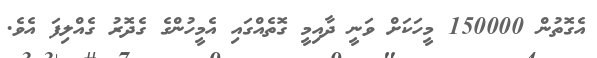
އެގޮތުން 150000 މީހަކަށް ވަނީ ދާއިމީ ގޮތެއްގައި އެމީހުންގެ ގެދޮރު ގެއްލިފަ އެވެ.